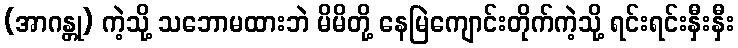
(အာဂန္တု) ကဲ့သို့ သဘောမထားဘဲ မိမိတို့ နေမြဲကျောင်းတိုက်ကဲ့သို့ ရင်းရင်းနှီးနှီး